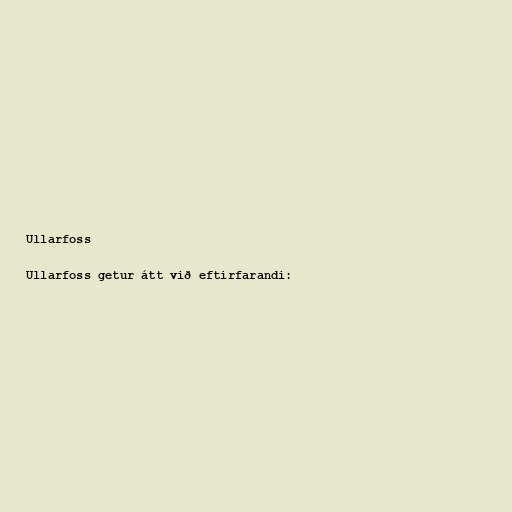
Ullarfoss

Ullarfoss getur átt við eftirfarandi: